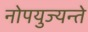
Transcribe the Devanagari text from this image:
नोपयुज्यन्ते